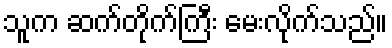
သူက ဆက်တိုက်ကြီး မေးလိုက်သည်။